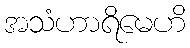
အသံဟာရိမေဟိ